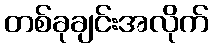
တစ်ခုချင်းအလိုက်